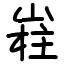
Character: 嵀